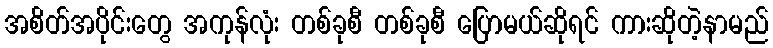
အစိတ်အပိုင်းတွေ အကုန်လုံး တစ်ခုစီ တစ်ခုစီ ပြောမယ်ဆိုရင် ကားဆိုတဲ့နာမည်